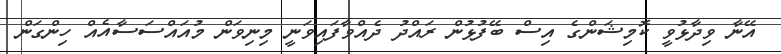
އޭނާ ވިދާޅުވީ ކޮމިޝަންގެ އިސް ބޭފުޅުން ރައްދު ދެއްވާފައިވަނީ މިނިވަން މުއައްސަސާއެއް ހިންގަން